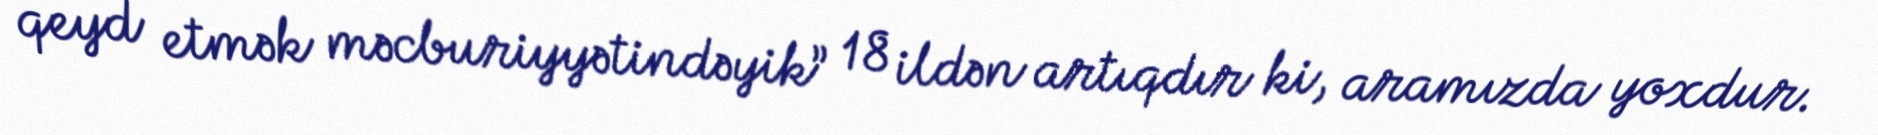
qeyd etmək məcburiyyətindəyik” 18 ildən artıqdır ki, aramızda yoxdur.